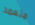
متعمد